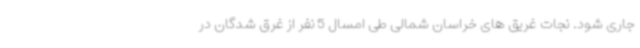
جاری شود. نجات غریق های خراسان شمالی طی امسال 5 نفر از غرق شدگان در